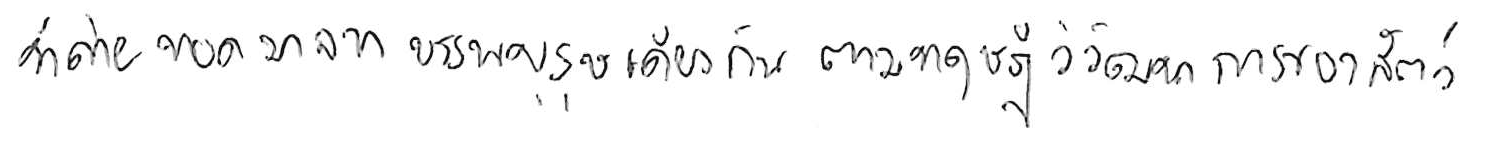
ที่ถ่ายทอดมาจากบรรพบุรุษเดียวกัน ตามทฤษฎีวิวัฒนาการของสัตว์